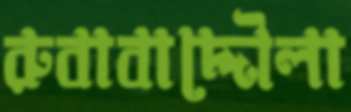
রুবাবাদ্দৌলা